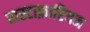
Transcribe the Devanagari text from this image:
रास्टाफ़ारियन